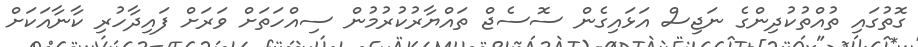
ގޮތުގައި ތުއްތުކުދިންގެ ނަޖިސް އަޅައިގެން ސޮސެޖް ތައްޔާރުކުރުމުން ސިއްހަތަށް ވަރަށް ފައިދާހުރި ކާނާއަކަށް